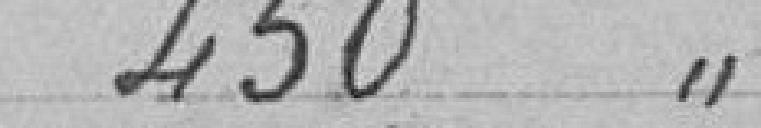
450 "